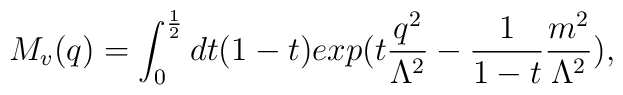
M_v(q)=\int_0^\frac{1}{2}dt(1-t)exp(t\frac{q^2}{\Lambda^2}-\frac{1}{1-t}\frac{m^2}{\Lambda^2}),